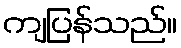
ကျပြန်သည်။